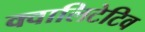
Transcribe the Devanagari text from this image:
क्वालिटेटिव